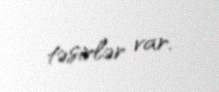
təsirlər var.